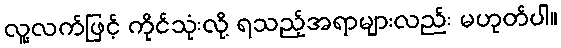
လူ့လက်ဖြင့် ကိုင်သုံးလို့ ရသည့်အရာများလည်း မဟုတ်ပါ။